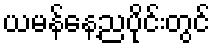
ယမန်နေ့ညပိုင်းတွင်